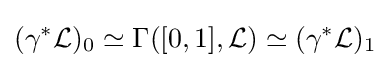
(\gamma ^{*}{\mathcal {L}})_{0}\simeq \Gamma ([0,1],{\mathcal {L}})\simeq (\gamma ^{*}{\mathcal {L}})_{1}